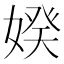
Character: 𡞳